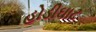
હોડીઘાટ